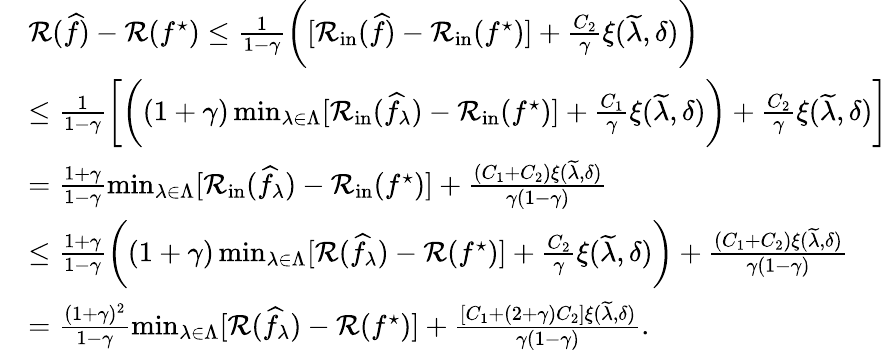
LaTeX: \begin{array}{rl}&{\mathcal{R}(\widehat{f})-\mathcal{R}(f^{\star})\leq\frac{1}{1-\gamma}\bigg([\mathcal{R}_{\mathrm{in}}(\widehat{f})-\mathcal{R}_{\mathrm{in}}(f^{\star})]+\frac{C_{2}}{\gamma}\xi(\widetilde{\lambda},\delta)\bigg)}\\ &{\leq\frac{1}{1-\gamma}\bigg[\bigg((1+\gamma)\operatorname*{min}_{\lambda\in\Lambda}[\mathcal{R}_{\mathrm{in}}(\widehat{f}_{\lambda})-\mathcal{R}_{\mathrm{in}}(f^{\star})]+\frac{C_{1}}{\gamma}\xi(\widetilde{\lambda},\delta)\bigg)+\frac{C_{2}}{\gamma}\xi(\widetilde{\lambda},\delta)\bigg]}\\ &{=\frac{1+\gamma}{1-\gamma}\operatorname*{min}_{\lambda\in\Lambda}[\mathcal{R}_{\mathrm{in}}(\widehat{f}_{\lambda})-\mathcal{R}_{\mathrm{in}}(f^{\star})]+\frac{(C_{1}+C_{2})\xi(\widetilde{\lambda},\delta)}{\gamma(1-\gamma)}}\\ &{\leq\frac{1+\gamma}{1-\gamma}\bigg((1+\gamma)\operatorname*{min}_{\lambda\in\Lambda}[\mathcal{R}(\widehat{f}_{\lambda})-\mathcal{R}(f^{\star})]+\frac{C_{2}}{\gamma}\xi(\widetilde{\lambda},\delta)\bigg)+\frac{(C_{1}+C_{2})\xi(\widetilde{\lambda},\delta)}{\gamma(1-\gamma)}}\\ &{=\frac{(1+\gamma)^{2}}{1-\gamma}\operatorname*{min}_{\lambda\in\Lambda}[\mathcal{R}(\widehat{f}_{\lambda})-\mathcal{R}(f^{\star})]+\frac{[C_{1}+(2+\gamma)C_{2}]\xi(\widetilde{\lambda},\delta)}{\gamma(1-\gamma)}.}\end{array}